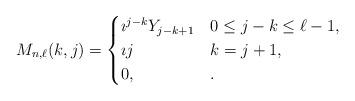
LaTeX: \begin{align*}M_{n, \ell}(k,j) = \begin{cases}\imath^{j-k} Y_{j-k+1} & 0 \leq j -k \leq \ell - 1, \\ \imath j& k = j+1, \\0, & .\end{cases}\end{align*}